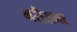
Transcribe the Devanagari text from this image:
भरीसभर